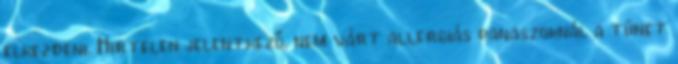
elkezdeni. Hirtelen jelentkező, nem várt allergiás panaszoknál a tünet